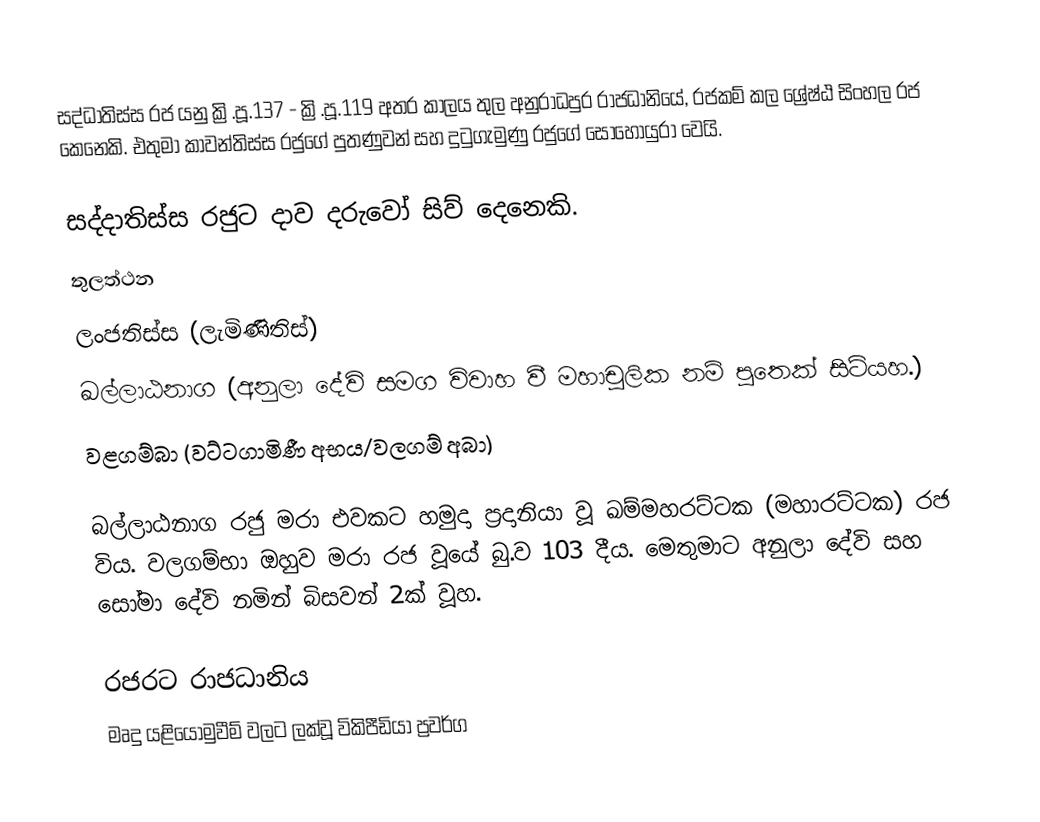
සද්ධාතිස්ස රජ යනු ක්‍රි.පූ.137 - ක්‍රි.පූ.119 අතර කාලය තුල අනුරාධපුර රාජධානියේ, රජකම් කල  ශ්‍රේෂ්ඨ සිංහල රජ කෙනෙකි. එතුමා කාවන්තිස්ස රජුගේ පුතණුවන් සහ දුටුගැමුණු රජුගේ සොහොයුරා වෙයි.

සද්දාතිස්ස රජුට දාව දරුවෝ සිව් දෙනෙකි.
තුලත්ථන
ලංජතිස්ස (ලැමිණිතිස්)
ඛල්ලාඨනාග (අනුලා දේවි සමග විවාහ වී මහාචුලික නම් පුතෙක් සිටියහ.)
වළගම්බා (වට්ටගාමිණී අභය/වලගම් අබා)

බල්ලාඨනාග රජු මරා එවකට හමුදා ප්‍රදානියා වූ ඛම්මහරට්ටක (මහාරට්ටක) රජ විය. වලගම්භා ඔහුව මරා රජ වූයේ බු.ව 103 දීය. මෙතුමාට අනුලා දේවි සහ සෝමා දේවි නමින් බිසවන් 2ක් වූහ.

රජරට රාජධානිය
මෘදු යළියොමුවීම් වලට ලක්වූ විකිපීඩියා ප්‍රවර්ග